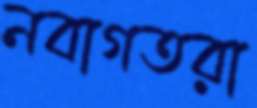
নবাগতরা